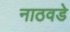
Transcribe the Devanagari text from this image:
नाठवडे